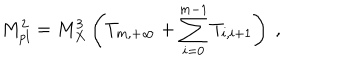
M _ { p l } ^ { 2 } = M _ { X } ^ { 3 } \left( T _ { m , + \infty } + \sum _ { i = 0 } ^ { m - 1 } T _ { i , i + 1 } \right) ~ , ~ \,